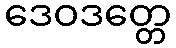
ဒေဝဒတ္တေ